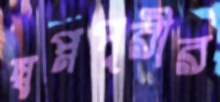
স্বপ্নপূরীর